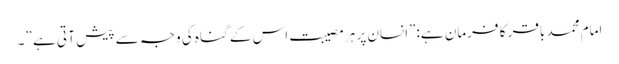
امام محمد باقر کا فرمان ہے:”انسان پر ہر مصیبت اس کے گناہ کی وجہ سے پیش آ تی ہے ”۔